Calcutta medical institutions reports 1879-81 [i.e.91]
Year: 1879
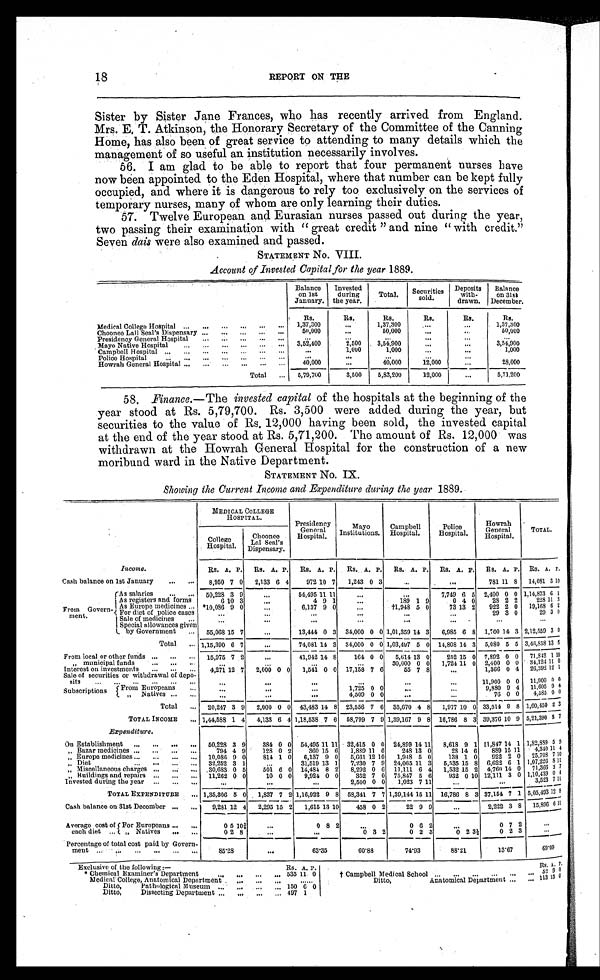
18
REPORT ON THE
Sister by Sister Jane Frances, who has recently arrived from England.
Mrs. E. T. Atkinson, the Honorary Secretary of the Committee of the Canning
Home, has also been of great service to attending to many details which the
management of so useful an institution necessarily involves.
56. I am glad to be able to report that four permanent nurses have
now been appointed to the Eden Hospital, where that number can be kept fully
occupied, and where it is dangerous to rely too exclusively on the services of
temporary nurses, many of whom are only learning their duties.
57. Twelve European and Eurasian nurses passed out during the year,
two passing their examination with "great credit" and nine "with credit."
Seven dais were also examined and passed.
STATEMENT No. VIII.
Account of Invested Capital for the year 1889.
Balance
on 1st
January.
Investe
during
the year.
Total. Securities
sold.
Deposits
with-
drawn.
Balance
on 31st
December.
R s . Rs.
Rs.
Rs.
Rs.
Rs.
Medical College Hospital ... . . .
...
. . . ...
. . . 1,37,300
...
1,37,300
...
...
1,37,300
Choonee Lall Seal's Dispensary ... ... ... ... ...
50,000
...
60,000
. . .
. . .
50,000
Presidency General Hospital . . .
... ... ... ...
...
...
...
...
...
...
Mayo Native Hospital
... ... ... ... ... ... 3,52,400
2,500
3,54,900
...
...
3,54,900
Campbell Hospital. . . . ... ...
. . . ... ... ...
...
1,000
1,000
...
...
1,000
Police Hospital
... ... ... ... ... ... ...
...
...
...
...
...
Howrah General Hospital ... ... ... . . .
. . .
. . . 40,000
...
40,000
12,000
. . .
28,000
Total ... 5,79,700
3,500
5,83,200
12,000
. . .
5,71,200
58. Finance.—The invested capital of the hospitals at the beginning of the
year stood at Rs. 5,79,700. Rs. 3,500 were added during the year, but
securities to the value of Rs. 12,000 having been sold, the invested capital
at the end of the year stood at Rs. 5,71,200. The amount of Rs. 12,000 was
withdrawn at the Howrah General Hospital for the construction of a new
moribund ward in the Native Department.
STATEMENT No. IX.
Showing the Current Income and Expenditure during the year 1889.
MEDICAL COLLEGE
HOSPITAL.
Presidency
General
Hospital.
Mayo
Institutions.
Campbell
Hospital.
Police
Hospital.
Howrah
General
Hospital.
TOTAL.
College
Hospital.
Choonee
Lal Seal's
Dispensary.
Income.
Rs. A. P. Rs. A. P. Rs. A. P. Rs. A. P. Rs. A. P. Rs. A. P. Rs. A. P. Rs. A. P.
Cash balance on 1st January
. . .
. . . 8,950 7 0 2,133 6 4
972 10 7 1,243 0 3
. . .
. . .
781 11 8 14,081 3 10
From Govern-
ment.
As salaries
. . . ... 50,228 3 9
...
54,495 11 11
... ...
7,749 6 5 2,400 0 0 1,14,873 6 1
As registers and f o
r m s
6 10 3
. . .
4 9 1
...
189 1 9
0
4 0
28 2 2
228 11 3
As
Eur ope medi ci nes . . . *10,086 9 0
. . .
6,137 9 0
. . .
†1,948 5 0
73 13 2 922 2 0 19,168 6 2
For diet of police cases
. . .
. . .
...
...
...
. . .
29 3 0
29 3 0
Sale of medicinies
. . .
. . .
. . .
...
...
. . .
...
. . .
. . .
Special allowances given
by Government ... 55,068 15
7
...
13,444 0 3 34,000 0 0 1,01,359 14 3 6,985 6 8 1,700 14 3 2,12,559 3 0
Total
. . . 1,15,390 6 7
...
74,081 14 3 34,000 0 0 1,03,497 5 0 14,808 14 3 5,080 5 5 3,46,858 13 6
From local or other funds ... ...
. . . 15,975 7 2
. . .
41,942 14 8
164 0 0 5,614 13 0
252 15 0 7,892 0 0 71,842 1 10
" m u n i c i p a l f u n d s
... ...
. . .
. . .
. . .
. . .
. . .
30,000 0 0 1,724 11 0 2,400 0 0 34,12411 0
Interest on investments ... ... ... 4,271 12 7 2,000 0 0 1,541 0 0 17,158 7 6
55 7 8
...
1,366 0 4 26,392 12 1
Sale of securities or withdrawal of depo-
sits ... ... ... ... ... ...
. . .
. . .
. . .
. . .
...
...
11,900 0 0 11,900 0 0
Subscriptions From Europeans
...
...
...
...
1,725 0 0
...
. . .
9,880 9 4 11,605 9 4
" N
a t i v e s ... ...
. . .
. . .
. . .
4,509 0 0
. . .
. . .
76 0 0 4,585 0 0
Total ... 20,247 3 9 2,000 0 0 43,483 14 8 23,556 7 6 35,670 4 8 1,977 10 0 33,514 9 8 1,60,450
2
3
TOTAL INCOME ... 1,44,588 1 4 4,133 6 4 1,18,538 7 6 58,799 7 9 1,39,167 9 8 16,786 8 3 39,376 10 9 5,21,390 3 7
Expenditure.
On Establishment ... ... ... ... 50,228 3 9
384 0 0 54,495 11 11 32,415 0 0 24,899 14 11 8,618 9 1 11,847 14 1 1,82,889 5 9
" Bazar medicines ...
. . .
. . .
. . .
794 4 9
128 0 2
360 15 6 1,889 11 6
248 13 0
28 14 6 889 15 11 4,340 11 4
" E u r o p e m e d i c i n e s ... ... ... ... 10,086 9 0
814 1 0 6,137 9 0 5,661 12 10 1,948 5 0
138 1 0 922 2 0 25,708 7 10
" Di et
. . . . . .
... ... 32,252 3 1
. . .
31,519 13 1 7,230 7 9 24,065 11 3 5,535 15 8 6,622 6 1 1,07,226 3 11
" Miscellaneous charges . . .
. . . ... 30,683 0 5
501 6 0 14,484 8 2 8,292 0 6 11,111 6 4 1,532 15 2 4,760 14 0 71,366
2
7
" Buildings and repairs ...
. . . ... 11,262 0 0
10 0 0 9,924 0 0
352 7 0 75,847 5 6
932 0 10 12,111 3 0 1,10,439 0 4
Invested during the year ... ... ...
...
...
...
2,500 0 0 1,023 7 11
...
...
3,523 7 11
TOTAL EXPENDITURE ... 1,35,306 5 0 1,837 7 2 1,16,922 9 8 58,341 7 7 1,39,144 15 11 16,786 8 3 37,154 7 1 5,05,493 12 8
Cash balance on 31st December ... ...
9,281 12 4 2,295 15 2 1,615 13 10
458 0 2
22 9 9
...
2,222 3 8 15,896 6 11
Average cost of
each diet ...
For Europeans ... ...
0 5 10¾
...
0 8 2
. . .
0 6 2
. . .
0 7 2
. . .
" Natives
. . .
. . .
0 2 8
. . .
...
0 3 2
0 2 3
0 2 3 ½
0 2 3
. . .
Percentage of total cost paid by Govern-
ment ...
. . .
. . . ... ... ...
85.28
. . .
63.35
60.88
74.93
88.21
13.67
69.09
Exclusive of t h e f o l l o w i n g : —
Rs. A. P.
Rs. A . P .
* Chemical Examiner's Department
. . .
. . .
. . . ... 535 11 0
† Campbell Medical School ... ... ... ... ...
. . . 52 9
0
Medical College, Anatomical Department
... ... ...
......
Ditto,
Anatomical Department ... ... 113 13 0
Ditto,
Pathological Museum ... ... ...
. . . 150 6 0
Ditto,
Dissecting Department . . . ... ...
. . . 497 1